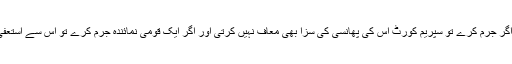
ہمیں یہ سمجھ نہیں آتی کہ غریب آدمی اگر جرم کرے تو سپریم کورٹ اس کی پھانسی کی سزا بھی معاف نہیں کرتی اور اگر ایک قومی نمائندہ جرم کرے تو اس سے استعفٰی لے کر سمجھا جاتا ہے انصاف ہو گیا۔